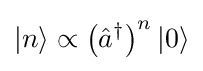
|n\rangle \propto \left({\hat {a}}^{\dagger }\right)^{n}|0\rangle